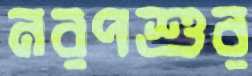
নরপশুর